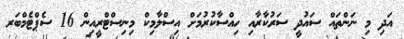
އަދި މި ނަންތައް ސައުދީ ސަރުކާރާއި ހިއްސާކުރުމަށް އިސްލާމިކް މިނިސްޓްރީއިން 16 ސެޕްޓެމްބަރ